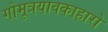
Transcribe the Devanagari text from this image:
गोमूत्रयावकाहारो